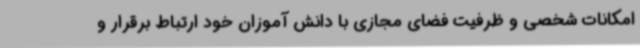
امکانات شخصی و ظرفیت فضای مجازی با دانش آموزان خود ارتباط برقرار و